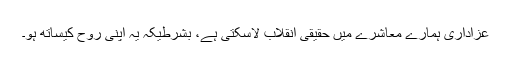
عزاداری ہمارے معاشرے میں حقیقی انقلاب لاسکتی ہے، بشرطیکہ یہ اپنی روح کیساتھ ہو۔